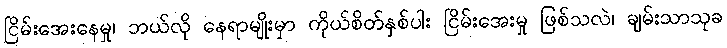
ငြိမ်းအေးနေမှု၊ ဘယ်လို နေရာမျိုးမှာ ကိုယ်စိတ်နှစ်ပါး ငြိမ်းအေးမှု ဖြစ်သလဲ၊ ချမ်းသာသုခ